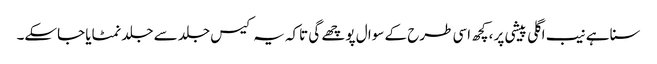
سنا ہے نیب اگلی پیشی پر ،کچھ اسی طرح کے سوا ل پوچھے گی تاکہ یہ کیس جلد سے جلد نمٹایا جاسکے۔